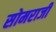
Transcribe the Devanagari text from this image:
सोमराजी